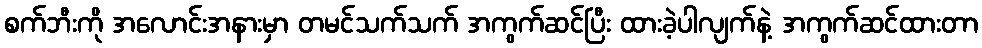
စက်ဘီးကို အလောင်းအနားမှာ တမင်သက်သက် အကွက်ဆင်ပြီး ထားခဲ့ပါလျက်နဲ့ အကွက်ဆင်ထားတာ